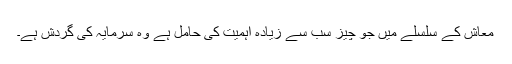
معاش کے سلسلے میں جو چیز سب سے زیادہ اہمیت کی حامل ہے وہ سرمایہ کی گردش ہے۔